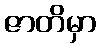
ဇာတိမှာ